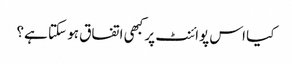
کیا اس پوائنٹ پر کبھی اتفاق ہو سکتا ہے؟